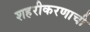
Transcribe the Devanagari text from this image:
शहरीकरणाची